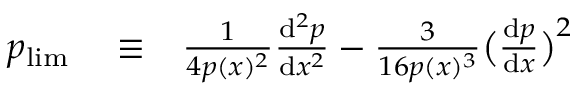
\begin{array} { r l r } { p _ { \mathrm { l i m } } } & { { } \equiv } & { \frac { 1 } { 4 p ( x ) ^ { 2 } } \frac { \mathrm { d } ^ { 2 } p } { \mathrm { d } x ^ { 2 } } - \frac { 3 } { 1 6 p ( x ) ^ { 3 } } \bigl ( \frac { \mathrm { d } p } { \mathrm { d } x } \bigl ) ^ { 2 } } \end{array}